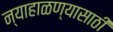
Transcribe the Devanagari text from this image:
न्याहाळण्यासाठी